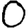
Digit: 0